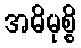
အဓိမုစ္စိ